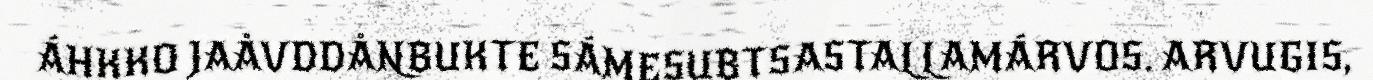
ÁHKKO JAÅVDDÅNBUKTE SÁMESUBTSASTALLAMÁRVOS. ARVUGIS,